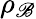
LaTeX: \rho_{\mathscr{B}}